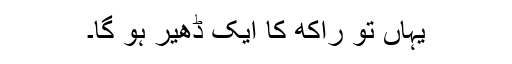
یہاں تو راکھ کا ایک ڈھیر ہو گا۔